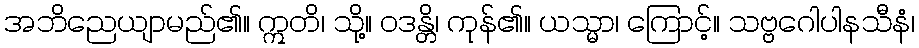
အဘိညေယျာမည်၏။ ဣတိ၊ သို့။ ဝဒန္တိ၊ ကုန်၏။ ယသ္မာ၊ ကြောင့်။ သဗ္ဗဂေါပါနသီနံ၊